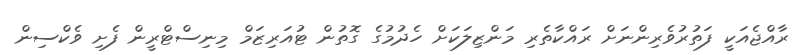
ރާއްޖެއަކީ ފަތުރުވެރިންނަށް ރައްކާތެރި މަންޒިލަކަށް ހެދުމުގެ ގޮތުން ޓުއަރިޒަމް މިނިސްޓްރީން ފެށި ވެކްސިން